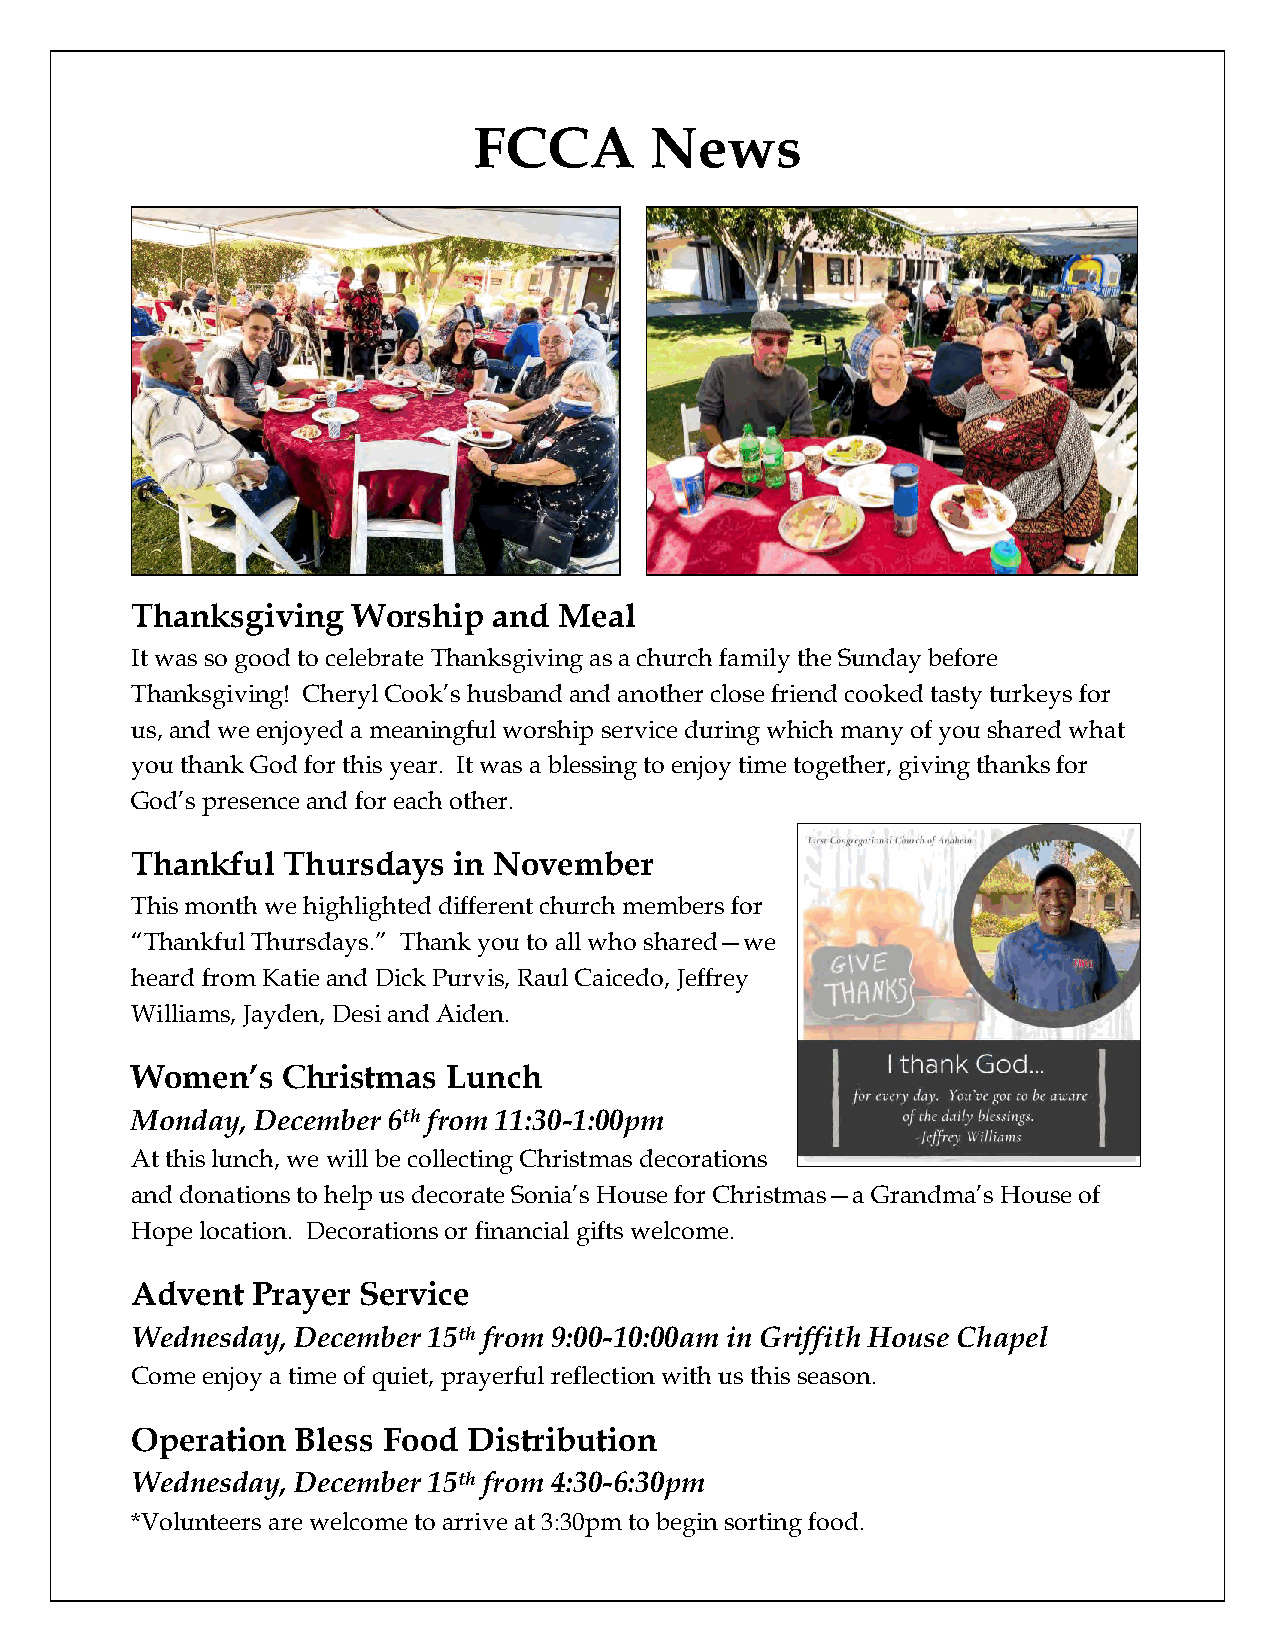
FCCA        News
 Thanksgiving  Worship   and Meal
 It was so good to celebrate Thanksgiving as a church family the Sunday before
 Thanksgiving! Cheryl Cook’s husband and another close friend cooked tasty turkeys for
 us, and we enjoyed a meaningful worship service during which many of you shared what
 you thank God for this year. It was a blessing to enjoy time together, giving thanks for
 God’s presence and for each other.
 Thankful  Thursdays  in November
 This month we highlighted different church members for
 “Thankful Thursdays.” Thank you to all who shared—we
 heard from Katie and Dick Purvis, Raul Caicedo, Jeffrey
 Williams, Jayden, Desi and Aiden.
 Women’s   Christmas  Lunch
 Monday, December 6th from 11:30-1:00pm
 At this lunch, we will be collecting Christmas decorations
 and donations to help us decorate Sonia’s House for Christmas—a Grandma’s House of
 Hope location. Decorations or financial gifts welcome.
 Advent  Prayer Service
 Wednesday, December 15th from 9:00-10:00am in Griffith House Chapel
 Come enjoy a time of quiet, prayerful reflection with us this season.
 Operation  Bless Food Distribution
 Wednesday, December 15th from 4:30-6:30pm
 *Volunteers are welcome to arrive at 3:30pm to begin sorting food.